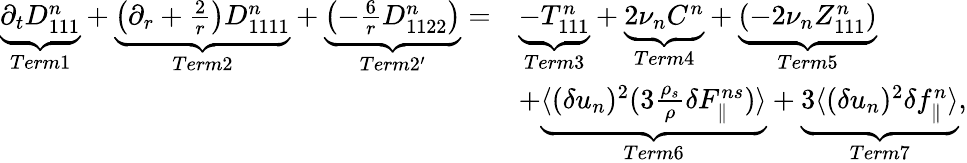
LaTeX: \begin{array}{rl}{\underbrace{\partial_{t}D_{111}^{n}}_{Term1}+\underbrace{\left(\partial_{r}+\frac{2}{r}\right)D_{1111}^{n}}_{Term2}+\underbrace{\left(-\frac{6}{r}D_{1122}^{n}\right)}_{Term2^{\prime}}=}&{\underbrace{-T_{111}^{n}}_{Term3}+\underbrace{2\nu_{n}C^{n}}_{Term4}+\underbrace{\left(-2\nu_{n}Z_{111}^{n}\right)}_{Term5}}\\ &{+\underbrace{\langle{(\delta u_{n})^{2}(3\frac{\rho_{s}}{\rho}\delta F_{\parallel}^{ns})}\rangle}_{Term6}+\underbrace{3\langle{(\delta u_{n})^{2}\delta f_{\parallel}^{n}}\rangle}_{Term7},}\end{array}